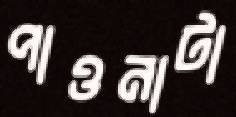
পাওনাটা